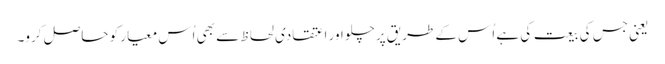
یعنی جس کی بیعت کی ہے اُس کے طریق پر چلو اور اعتقادی لحاظ سے بھی اُس معیار کو حاصل کرو۔